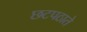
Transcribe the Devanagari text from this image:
छटपठाते